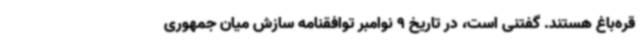
قره‌باغ هستند. گفتنی است، در تاریخ 9 نوامبر توافقنامه سازش میان جمهوری